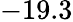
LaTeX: -19.3